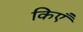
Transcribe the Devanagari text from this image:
किएँ